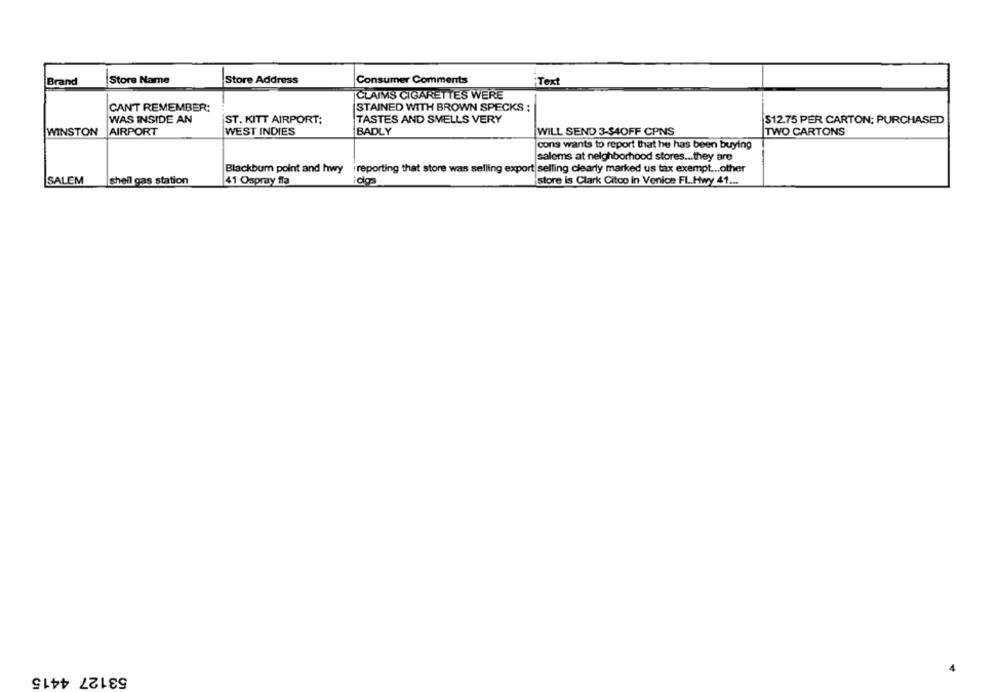
Brand
Store Name
Store Address
Consumer Comments
Text
CLAIMS CIGARETTES WERE
CAN'T REMEMBER:
STAINED WITH BROWN SPECKS :
WAS INSIDE AN
ST. KITT AIRPORT;
TASTES AND SMELLS VERY
$12.75 PER CARTON; PURCHASED
WINSTON
AIRPORT
WEST INDIES
BADLY
WILL SEND 3-34OFF CPNS
TWO CARTONS
cons wants to report that he has been buying
salems at neighborhood stores ... they are
Blackburn point and hwy ireporting that store was selling export selling clearly marked us tax exempt ... other
SALEM
shell gas station
41 Ospray fla
store is Clark Citoo in Venice FL.Hwy 41 ...
53127 4415